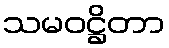
သမဝဋ္ဌိတာ